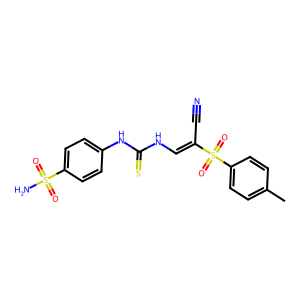
SMILES: Cc1ccc(S(=O)(=O)C(C#N)=CNC(=S)Nc2ccc(S(N)(=O)=O)cc2)cc1
Inhibits HIV replication: No